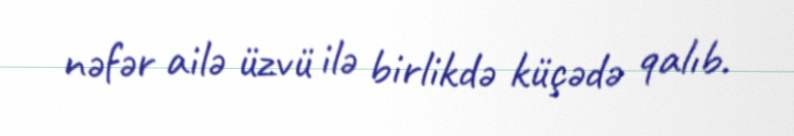
nəfər ailə üzvü ilə birlikdə küçədə qalıb.